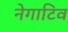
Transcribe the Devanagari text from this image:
नेगाटिव